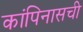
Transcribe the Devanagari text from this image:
कांपिनासची